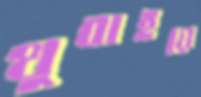
থুবাইয়ে